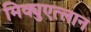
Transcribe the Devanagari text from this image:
मिक्युएत्लान